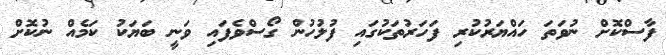
ފާސްކޮށް ނުވަތަ ހައްޔަރުކުރި ފަހަރުތަކުގައި ފުލުހުން ގޯސްވެފައި ވަނީ ބަޔަކު ކަމެއް ނުކޮށް